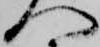
へ